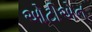
ઓટીએન